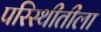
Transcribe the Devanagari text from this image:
परिस्थीतीला